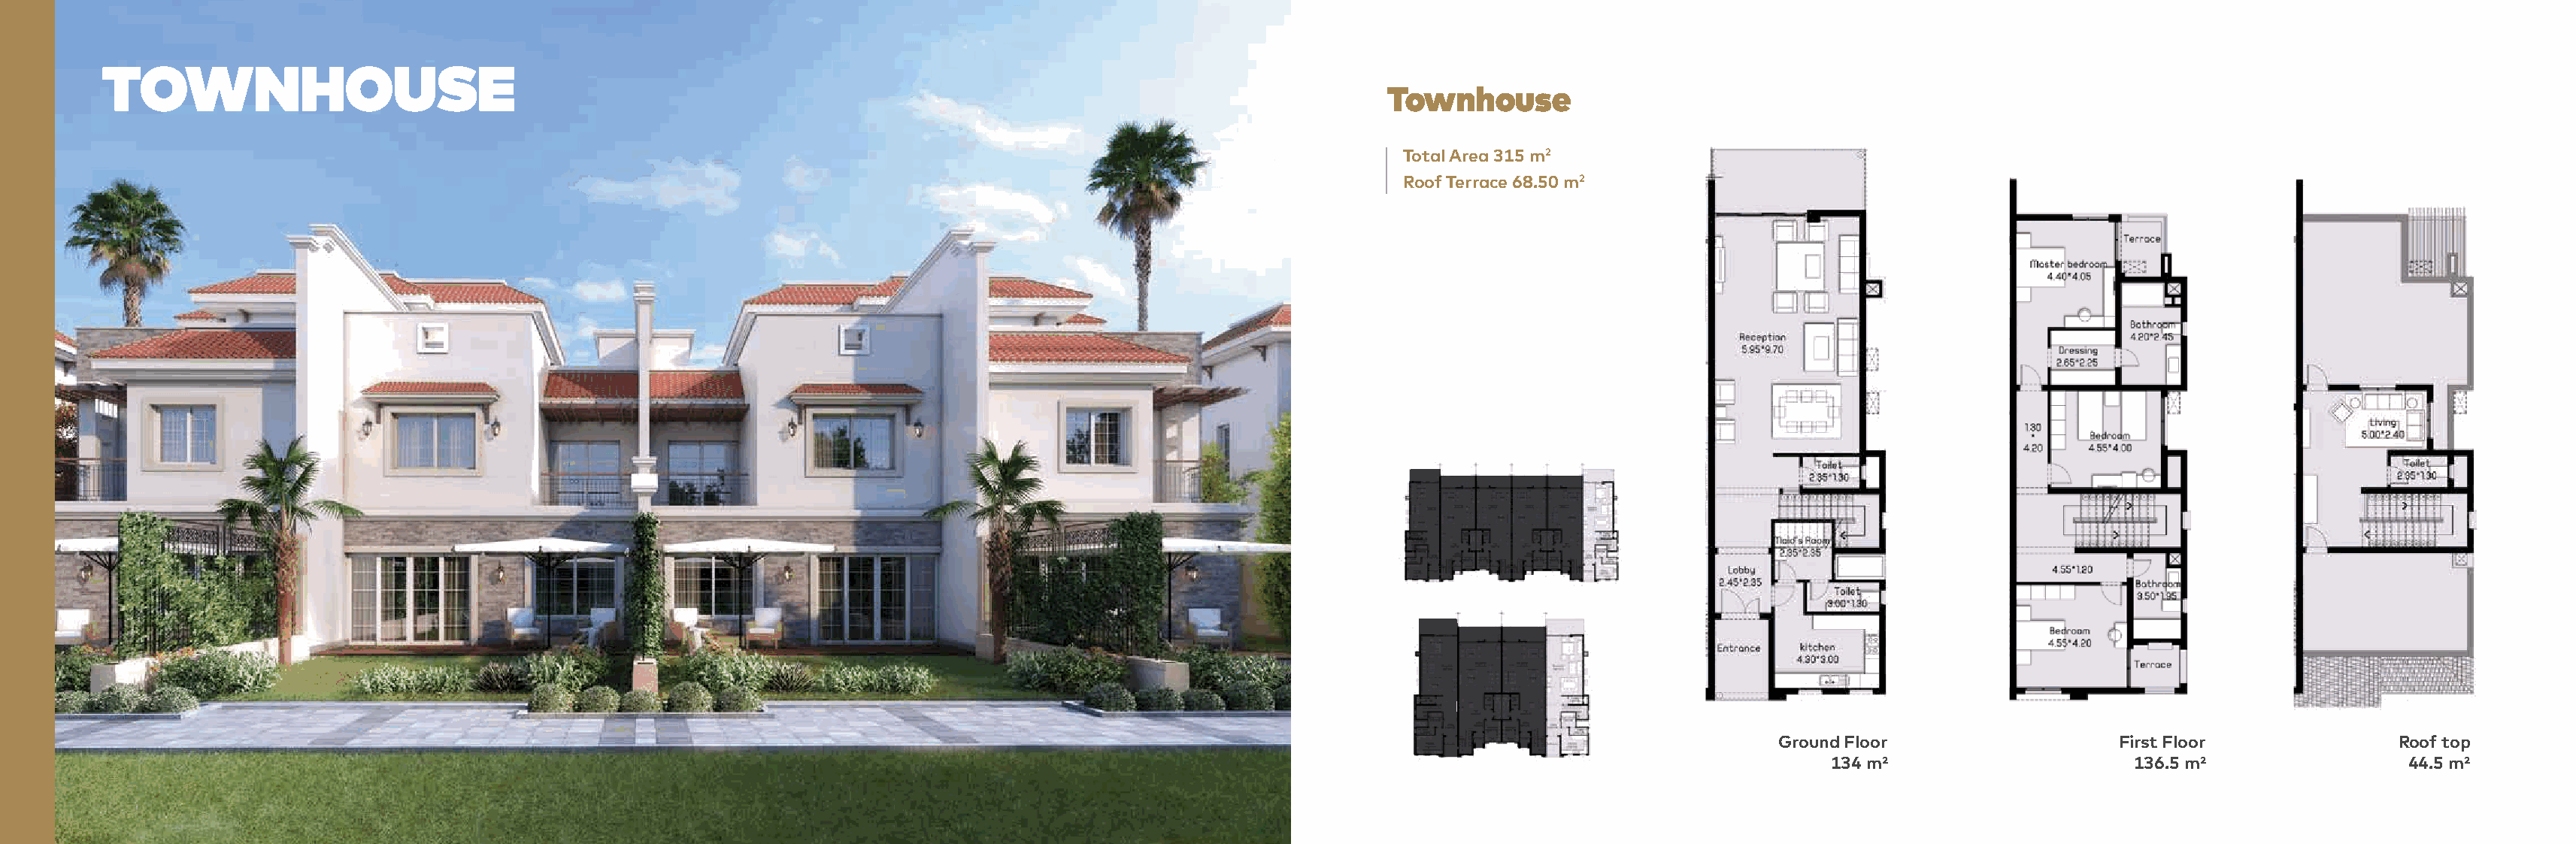
TOWNHOUSE
 Townhouse
 Total Area 315 m2
 Roof Terrace 68.50 m2
 Ground Floor                  First Floor             Roof top
 134 m²                     136.5 m²                44.5 m²